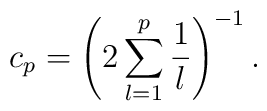
c_p=\left(2\sum_{l=1}^p\frac{1}{l}\right)^{-1} .